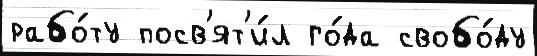
рабо́ту посв'ят'и́л го́да свобо́ду